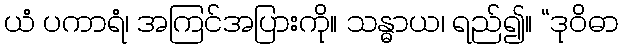
ယံ ပကာရံ၊ အကြင်အပြားကို။ သန္ဓာယ၊ ရည်၍။ “ဒုဝိဓာ